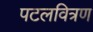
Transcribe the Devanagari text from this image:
पटलवित्रण